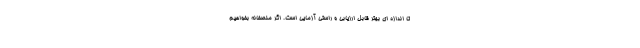
تا اندازه ای بهتر قابل ارزیابی و راستی آزمایی است. اگر منصفانه بخواهیم